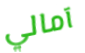
آمالي